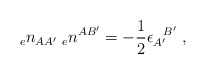
\begin{align*}{_{e}n_{AA'}} \; {_{e}n^{AB'}}=-{1\over 2}\epsilon_{A'}^{\; \; \; B'} \; ,\end{align*}